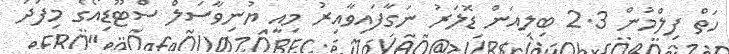
ހަތް ފިލްމުން 2.3 ބިލިއަން ޑޮލަރު ނަގާފައިވާއިރު މިއީ ޔުނިވާސަލް ސްޓޫޑިއޯގެ މިފަދަ